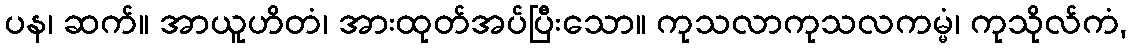
ပန၊ ဆက်။ အာယူဟိတံ၊ အားထုတ်အပ်ပြီးသော။ ကုသလာကုသလကမ္မံ၊ ကုသိုလ်ကံ,